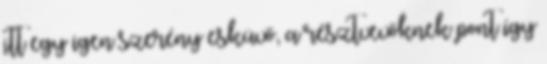
itt egy igen szerény esküvő, a résztvevőknek pont így